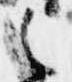
之